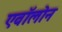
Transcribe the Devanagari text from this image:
एवॉलोन